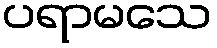
ပရာမသေ